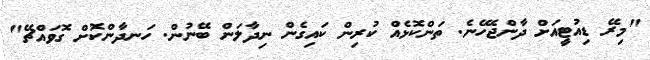
"މިރޭ ޑިއުޓީއަށް ދާންޖެހޭނެ. ތަންކޮޅެއް ކުރިން ކައިގެން ނިދާލަން ބޭނުން. ހަނދާންކޮށް ގޮވައްޗޭ"